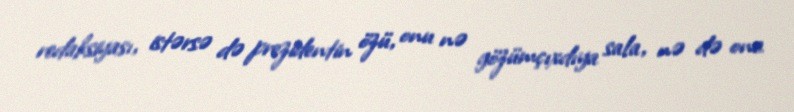
redaksiyası, istərsə də prezidentin özü, onu nə gözümçıxdıya sala, nə də ona